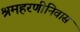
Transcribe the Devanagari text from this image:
श्रमहरणीनिवास